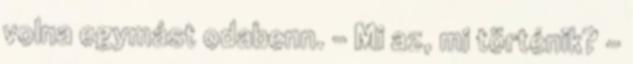
volna egymást odabenn. - Mi az, mi történik? -